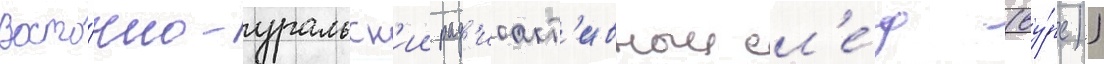
Восто́чно-уральск'ии рад'иоакт'ивныи сл'е́д (ву́рс))